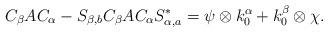
LaTeX: \begin{align*}C_{\beta}AC_{\alpha}-S_{\beta,b}C_{\beta}AC_{\alpha} S_{\alpha,a}^{*}=\psi\otimes k_{0}^{\alpha}+k_{0}^{\beta}\otimes\chi.\end{align*}